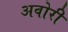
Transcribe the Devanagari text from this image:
अवोरी